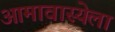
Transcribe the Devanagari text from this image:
आमावास्येला